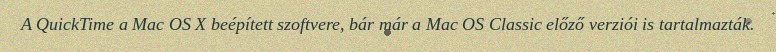
A QuickTime a Mac OS X beépített szoftvere, bár már a Mac OS Classic előző verziói is tartalmazták.